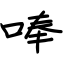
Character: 唪